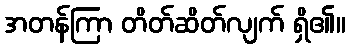
အတန်ကြာ တိတ်ဆိတ်လျက် ရှိ၏။